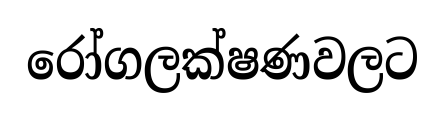
රෝගලක්ෂණවලට